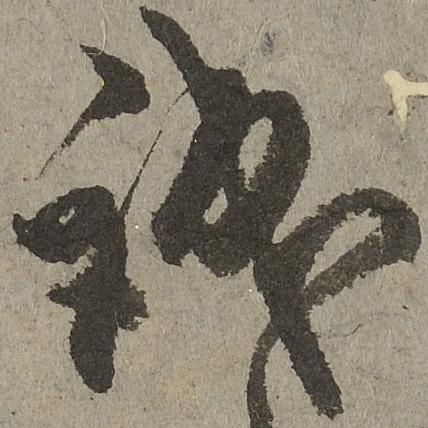
誠